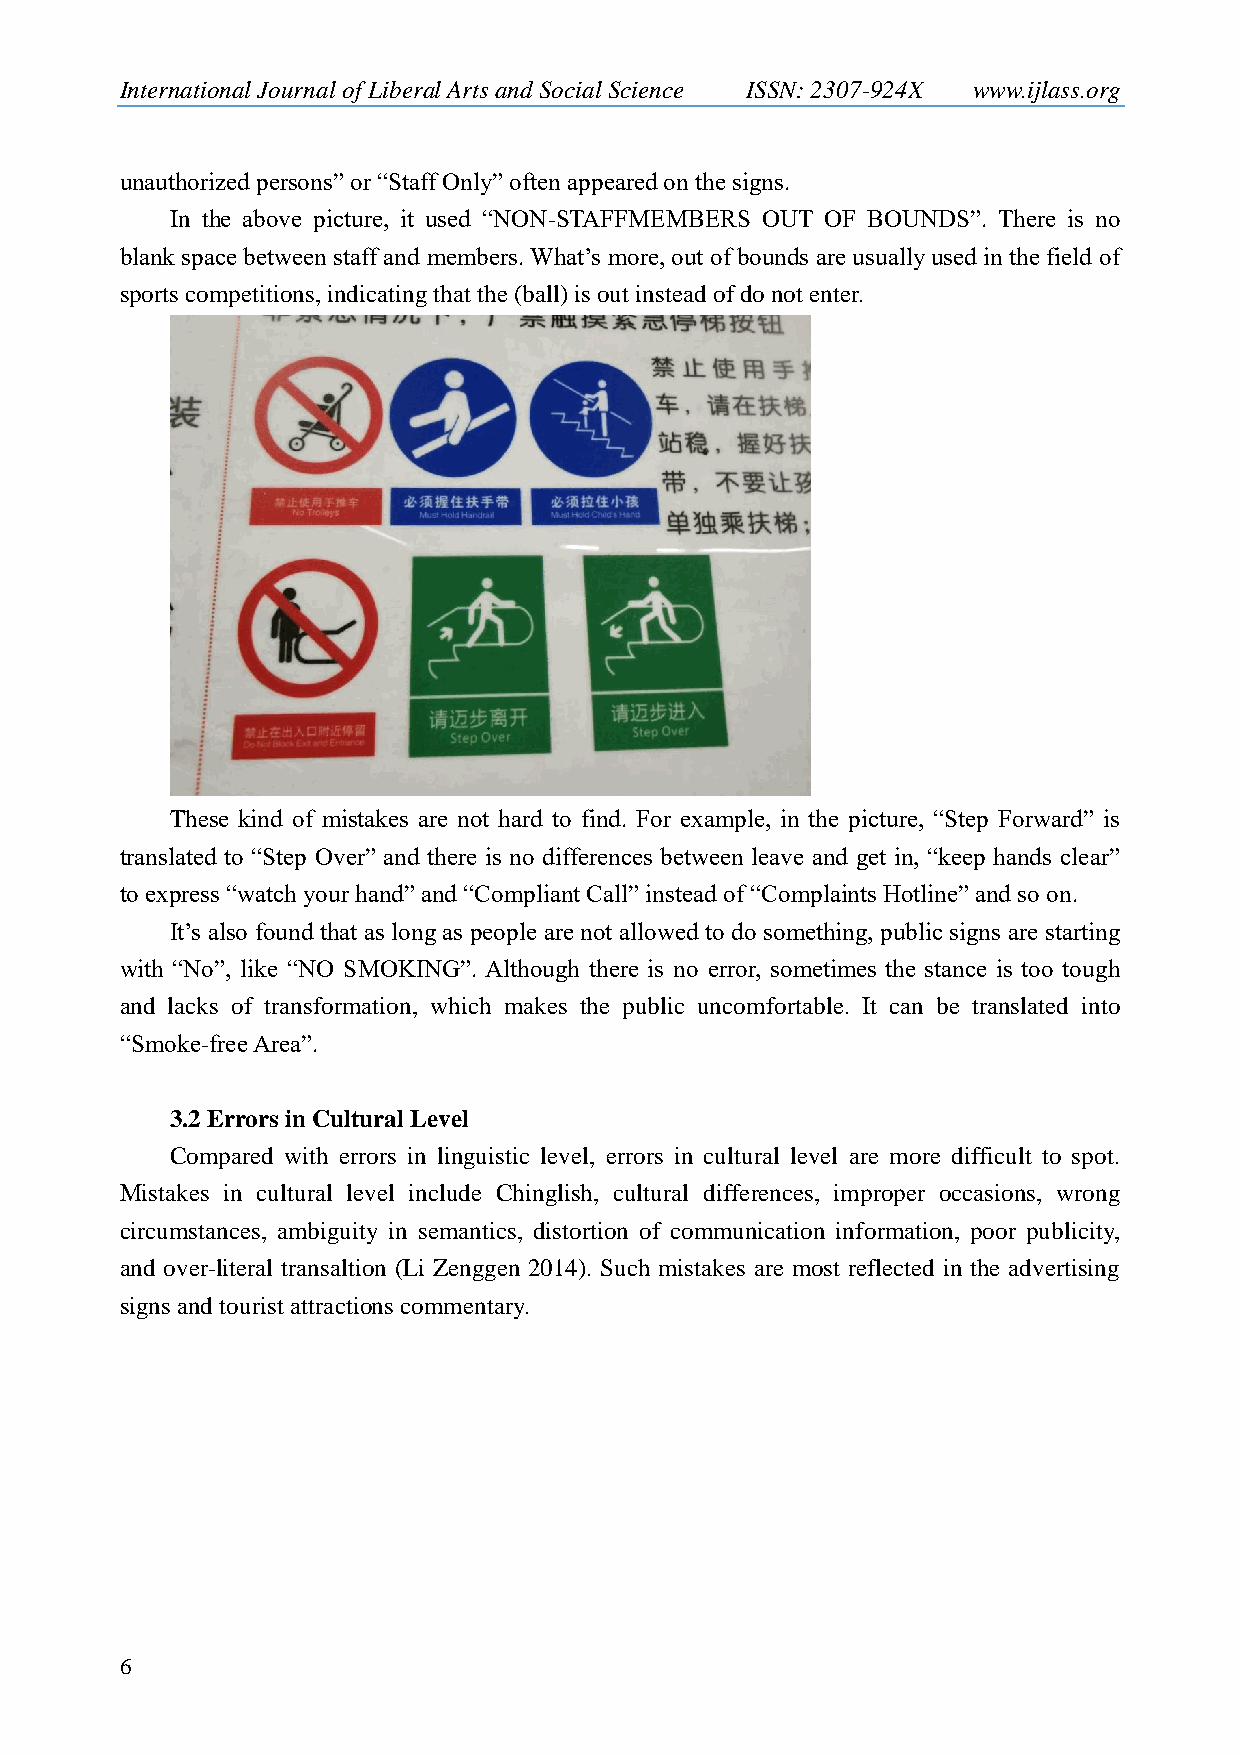
International Journal of Liberal Arts and Social Science ISSN: 2307-924X www.ijlass.org
 unauthorized persons” or “Staff Only” often appeared on the signs.
 In the above picture, it used “NON-STAFFMEMBERS OUT OF BOUNDS”. There is no
 blank space between staff and members. What‟s more, out of bounds are usually used in the field of
 sports competitions, indicating that the (ball) is out instead of do not enter.
 These kind of mistakes are not hard to find. For example, in the picture, “Step Forward” is
 translated to “Step Over” and there is no differences between leave and get in, “keep hands clear”
 to express “watch your hand” and “Compliant Call” instead of “Complaints Hotline” and so on.
 It‟s also found that as long as people are not allowed to do something, public signs are starting
 with “No”, like “NO SMOKING”. Although there is no error, sometimes the stance is too tough
 and lacks of transformation, which makes the public uncomfortable. It can be translated into
 “Smoke-free Area”.
 3.2 Errors in Cultural Level
 Compared with errors in linguistic level, errors in cultural level are more difficult to spot.
 Mistakes in cultural level include Chinglish, cultural differences, improper occasions, wrong
 circumstances, ambiguity in semantics, distortion of communication information, poor publicity,
 and over-literal transaltion (Li Zenggen 2014). Such mistakes are most reflected in the advertising
 signs and tourist attractions commentary.
 6